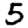
Digit: 5